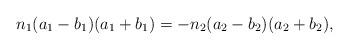
LaTeX: \begin{align*}n_1(a_1-b_1)(a_1+b_1)=-n_2(a_2-b_2)(a_2+b_2),\end{align*}